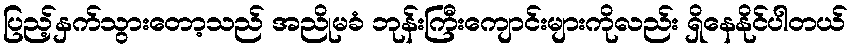
ပြည့်နှက်သွားတော့သည် အညိုမခံ ဘုန်းကြီးကျောင်းများကိုလည်း ရှိနေနိုင်ပါတယ်